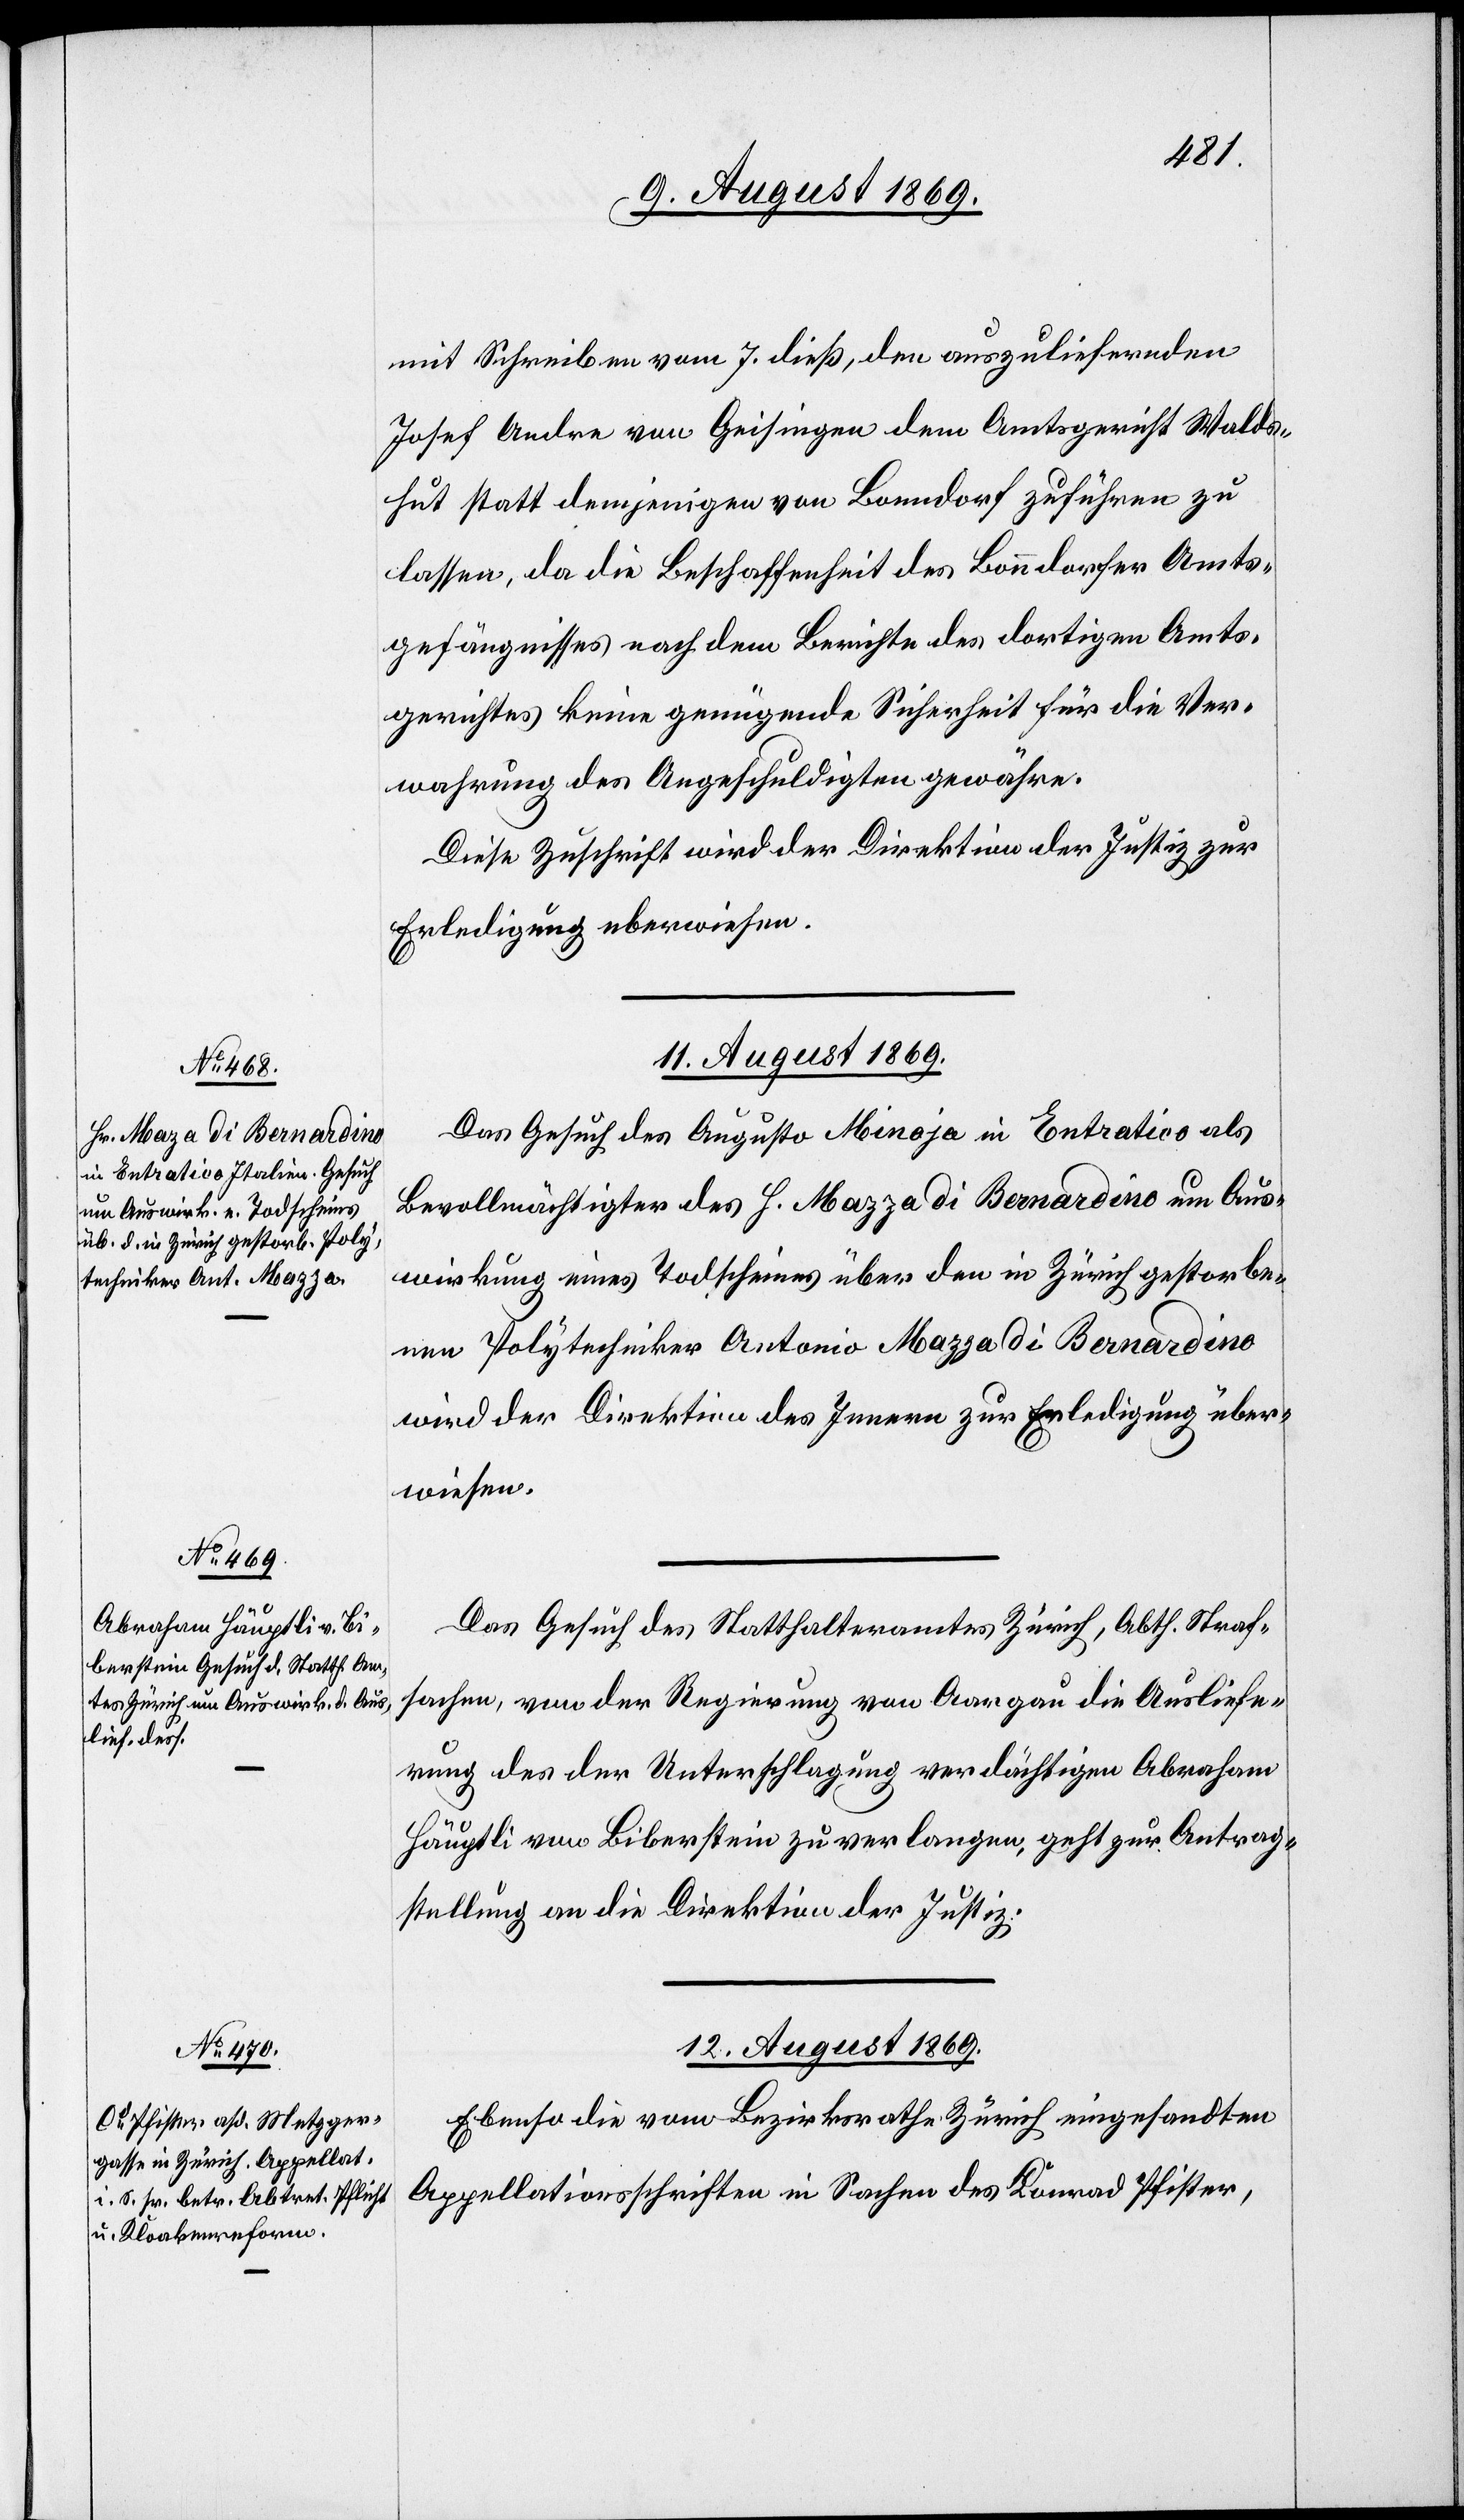
mit Schreiben vom 7. dieß, den auszuliefernden
Josef Andre von Geisingen dem Amtsgericht Walds¬
hut statt demjenigen von Banndorf zuführen zu
lassen, da die Beschaffenheit des Banndorfer Amts¬
gefängnisses nach dem Berichte des dortigen Amts¬
gerichtes keine genügende Sicherheit für die Ver¬
wahrung des Angeschuldigten gewähre.
Diese Zuschrift wird der Direktion der Justiz zur
Erledigung überwiesen.
10. August 1869.]
Das Gesuch des Augusto Minoja in Entratico als
Bevollmächtigter des H. Mazzadi [sic!] di Banardino um Aus¬
wirkung eines Todscheines über den in Zürich gestorbe¬
nen Polytechniker Antonio Mazzadi Banardino
wird der Direktion des Innern zur Erledigung über¬
wiesen.
Das Gesuch des Statthalteramtes Zürich, Abth. Straf¬
sachen, von der Regierung von Aargau die Ausliefe¬
rung des der Unterschlagung verdächtigen Abraham
Häuptli von Biberstein zu verlangen, geht zur Antrag¬
stellung an die Direktion der Justiz.
12. August 1869.
Ebenso die vom Bezirksrathe Zürich eingesandten
Appellationsschriften in Sachen des Konrad Pfister,